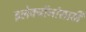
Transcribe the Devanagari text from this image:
इलेक्ट्रॉनांसाठी